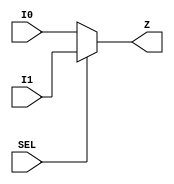
/*
 * Module: w_icons_mgmt
 * Date  : 
 */
`timescale 1ns/1ps
module common_mux (
    I0,
    I1,
    SEL,
    Z
);
    parameter  IN_W   = 8;
    input  [IN_W-1:0] I0;
    input  [IN_W-1:0] I1;
    input SEL;
    output [IN_W-1:0] Z;

    assign Z = (SEL == 1'b1) ? I1 : I0 ;

endmodule